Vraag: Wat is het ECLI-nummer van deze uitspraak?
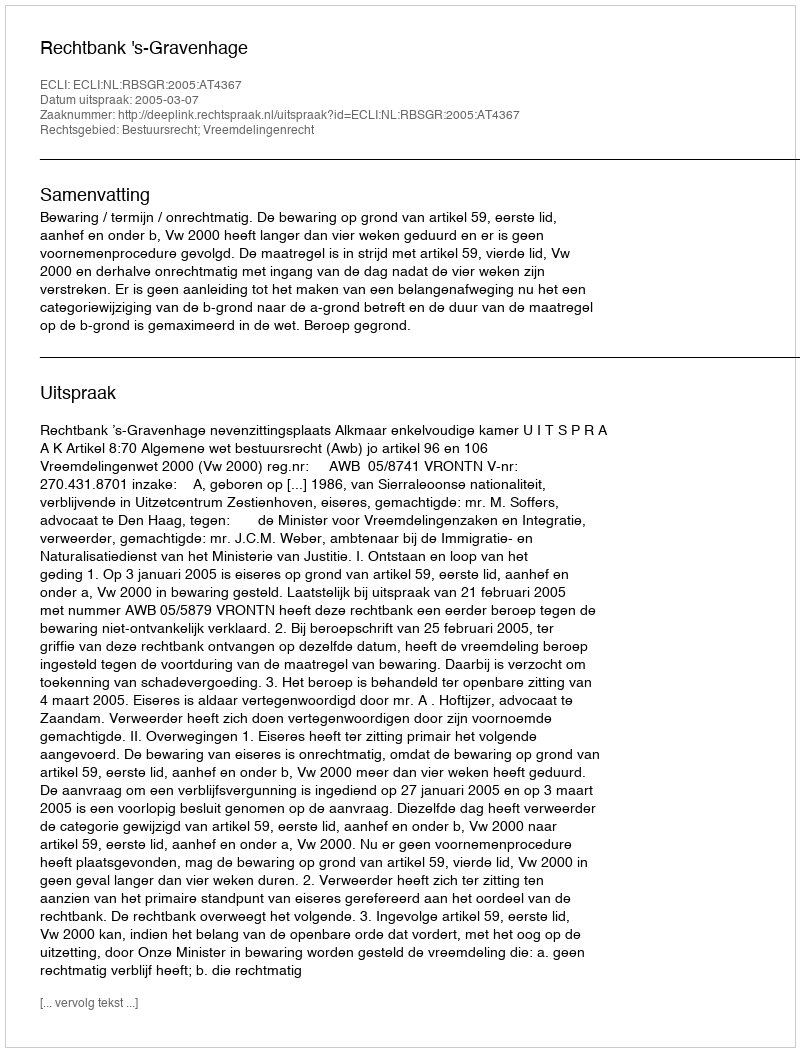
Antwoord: ECLI:NL:RBSGR:2005:AT4367